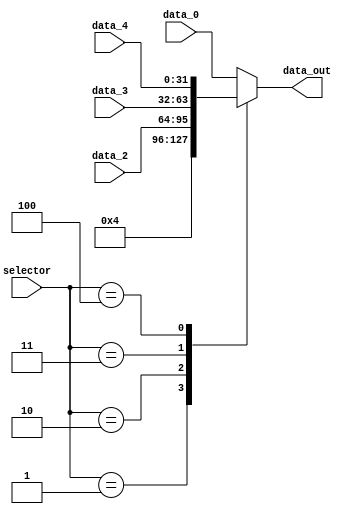
module mux5_5 (
    input wire [2:0] selector,
    input wire [31:0] data_0,
    input wire [31:0] data_2,
    input wire [31:0] data_3,
    input wire [31:0] data_4,
    output reg [31:0] data_out
);

    always @(selector or data_0 or data_2 or data_3 or data_4) begin
        case(selector)
            3'b000: data_out = data_0;
            3'b001: data_out = 32'd4;
            3'b010: data_out = data_2;
            3'b011: data_out = data_3;
            3'b100: data_out = data_4;
            default: data_out = data_0; 
        endcase   
    end
    
endmodule